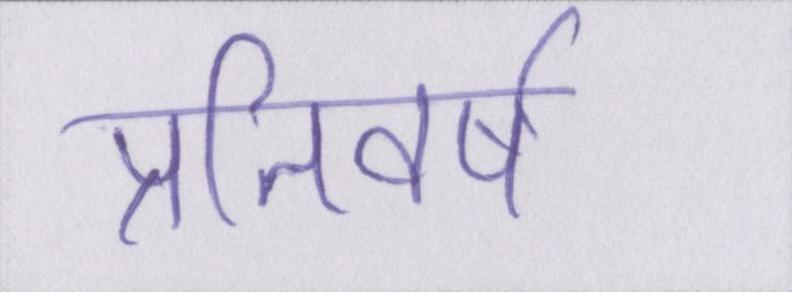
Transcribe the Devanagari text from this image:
प्रतिवर्ष